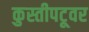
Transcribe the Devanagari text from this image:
कुस्तीपटूवर